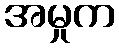
အမှုက